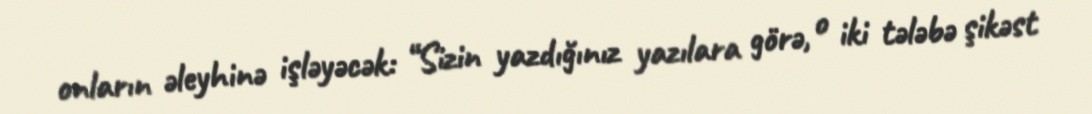
onların əleyhinə işləyəcək: “Sizin yazdığınız yazılara görə, o iki tələbə şikəst